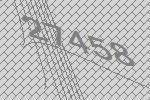
27458